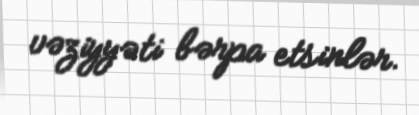
vəziyyəti bərpa etsinlər.